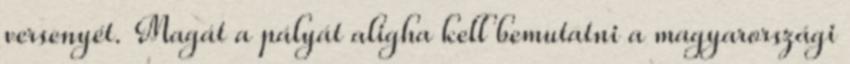
versenyét. Magát a pályát aligha kell bemutatni a magyarországi